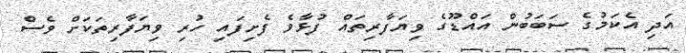
އަދި އެކަމުގެ ސަބަބުން އައްޑޫގެ ވިޔަފާރިތައް ފުޅާވެ ފެށިފައި ހުރި ވިޔަފާރިތަކަށް ވެސް